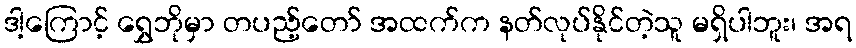
ဒါ့ကြောင့် ရွှေဘိုမှာ တပည့်တော် အထက်က နတ်လုပ်နိုင်တဲ့သူ မရှိပါဘူး၊ အရ